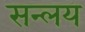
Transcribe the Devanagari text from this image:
सन्लय